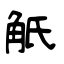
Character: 觗